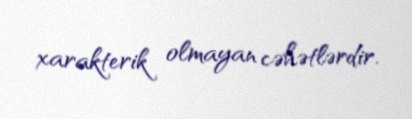
xarakterik olmayan cəhətlərdir.